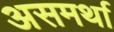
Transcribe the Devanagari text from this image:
असमर्था